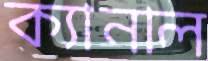
ক্যানাল